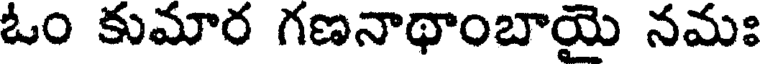
ఓం కుమార గణనాథాంబాయై నమః